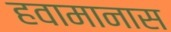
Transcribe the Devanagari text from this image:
हवामानास